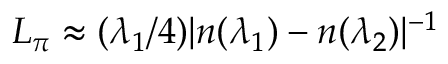
L _ { \pi } \approx ( \lambda _ { 1 } / 4 ) | n ( \lambda _ { 1 } ) - n ( \lambda _ { 2 } ) | ^ { - 1 }